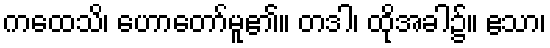
ကထေသိ၊ ဟောတော်မူ၏။ တဒါ၊ ထိုအခါ၌။ ဧသာ၊